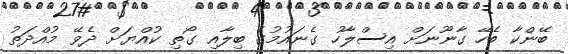
ބޭންކާ ބެހޭ ގާނޫނަށް އިސްލާހު ގެނައުމުގެ ބިލާއި ގޯތި ކުއްޔަށް ދެވޭ މުއްދަތު